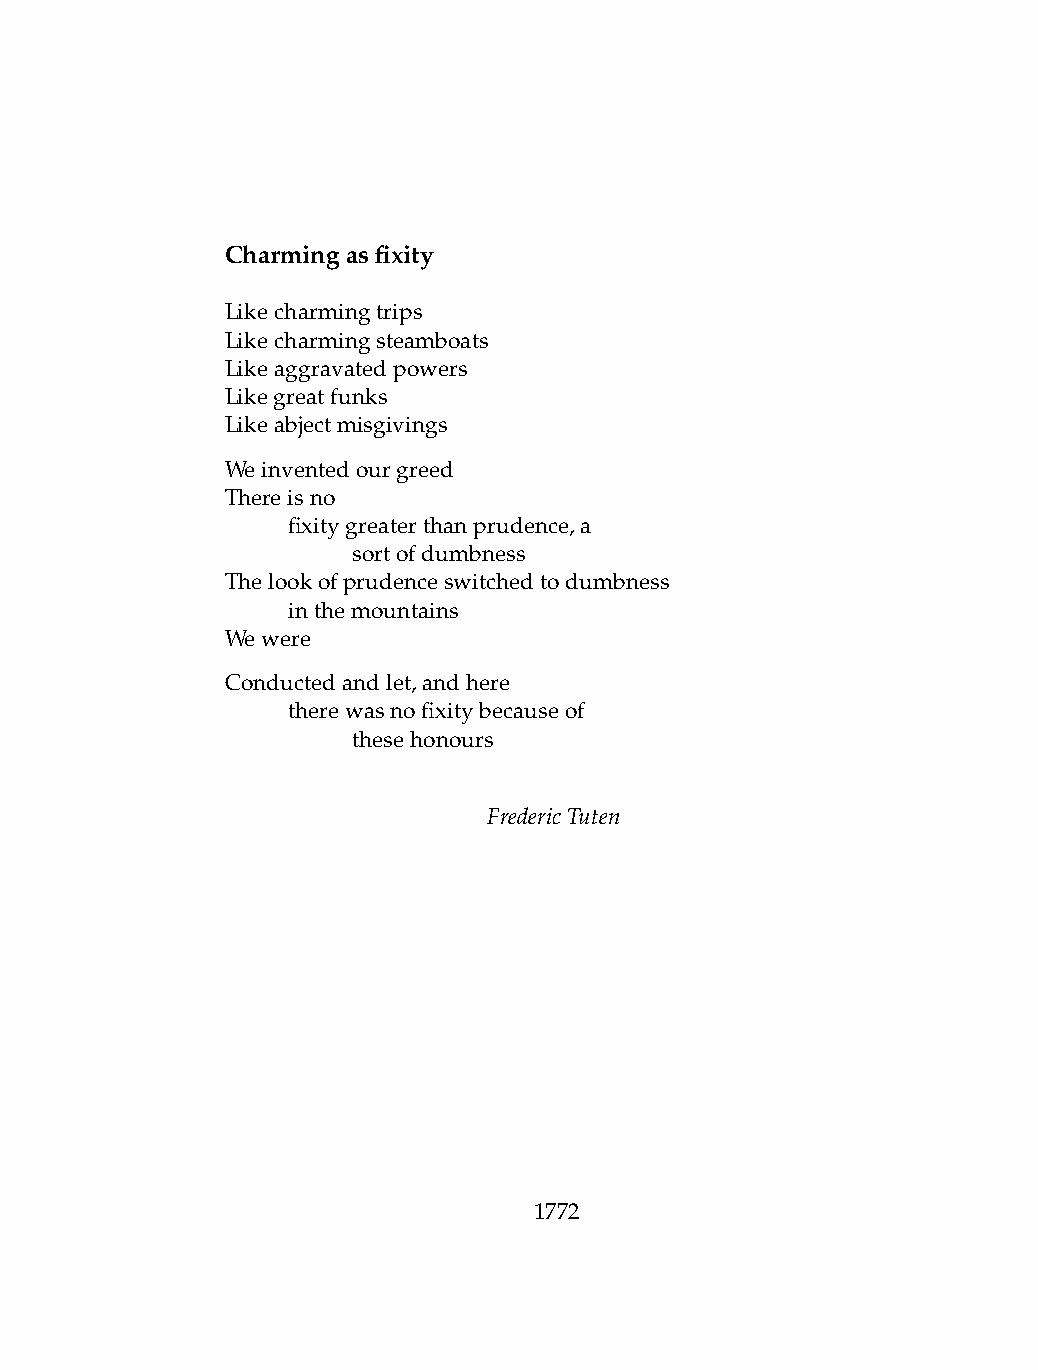
Charmingasfixity
 Likecharmingtrips
 Likecharmingsteamboats
 Likeaggravatedpowers
 Likegreatfunks
 Likeabjectmisgivings
 Weinventedourgreed
 Thereisno
 .   fixitygreaterthanprudence,a
 .   .   sortofdumbness
 Thelookofprudenceswitchedtodumbness
 .   inthemountains
 Wewere
 Conductedandlet,andhere
 .   therewasnofixitybecauseof
 .   .   thesehonours
 FredericTuten
 1772